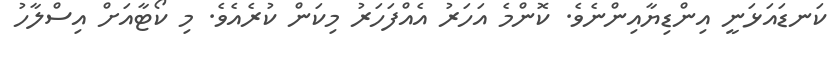
ކަނޑައަޅަނީ އިންޑިޔާއިންނެވެ. ކޮންމެ އަހަރު އެއްފަހަރު މިކަން ކުރެއެވެ. މި ކޯޓާއަށް އިސްލާހު